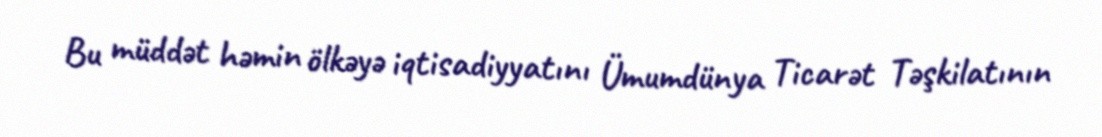
Bu müddət həmin ölkəyə iqtisadiyyatını Ümumdünya Ticarət Təşkilatının